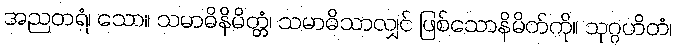
အညတရံ၊ သော။ သမာဓိနိမိတ္တံ၊ သမာဓိသာလျှင် ဖြစ်သောနိမိတ်ကို။ သုဂ္ဂဟိတံ၊